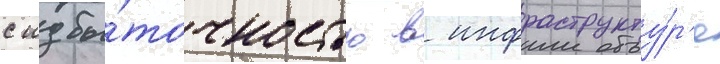
с избы́точностью в инфраструкту́р'е